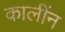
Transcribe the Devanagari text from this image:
कालींन